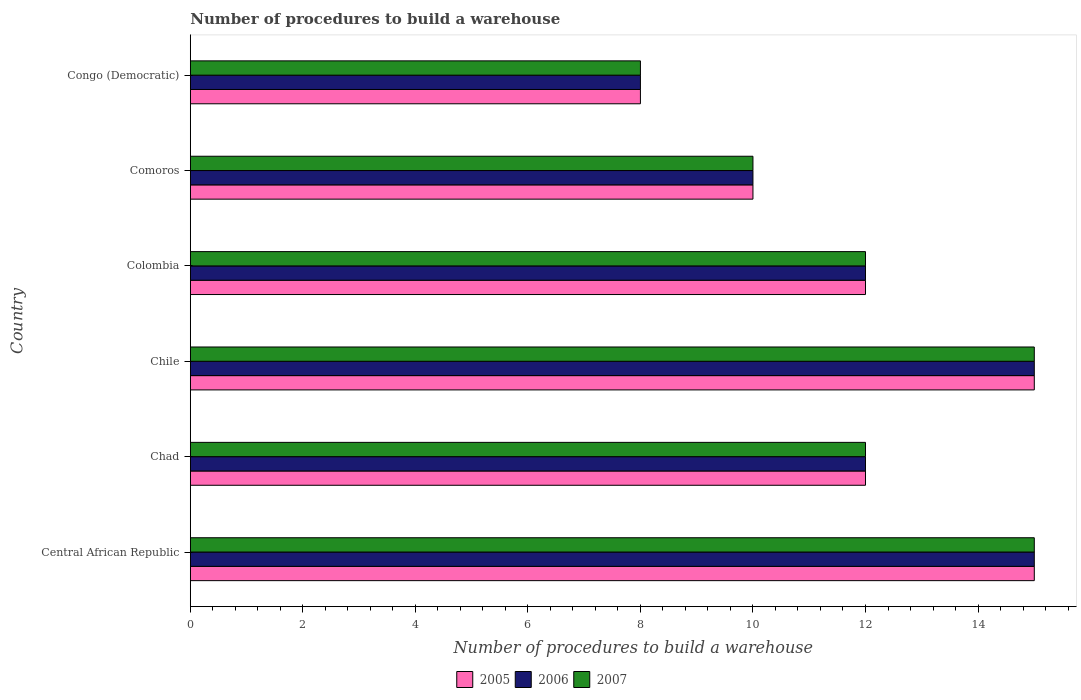
| Country | 2005 | 2006 | 2007 |
 | --- | --- | --- | --- |
 | Central African Republic | 15 | 15 | 15 |
 | Chad | 12 | 12 | 12 |
 | Chile | 15 | 15 | 15 |
 | Colombia | 12 | 12 | 12 |
 | Comoros | 10 | 10 | 10 |
 | Congo (Democratic) | 8 | 8 | 8 |